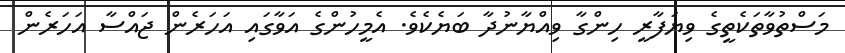
މަސްތުވާތަކެތީގެ ވިޔަފާރީ ހިންގާ ވިއްޔާނުދާ ބަޔެކެވެ. އެމީހުންގެ އަަވާގައި އަހަރެން ޖައްސާ އަހަރެން